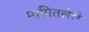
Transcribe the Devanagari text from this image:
मागितलेले